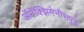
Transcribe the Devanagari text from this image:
अॅनॅक्झिमेनीसपुढे